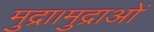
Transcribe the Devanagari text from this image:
मुद्रा।मुद्राओं